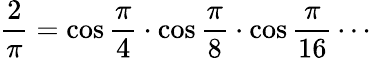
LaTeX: {\frac{2}{\pi}}=\cos{\frac{\pi}{4}}\cdot\cos{\frac{\pi}{8}}\cdot\cos{\frac{\pi}{16}}\cdots